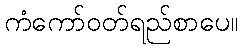
ကံကော်ဝတ်ရည်စာပေ။